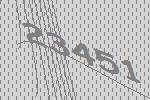
23451